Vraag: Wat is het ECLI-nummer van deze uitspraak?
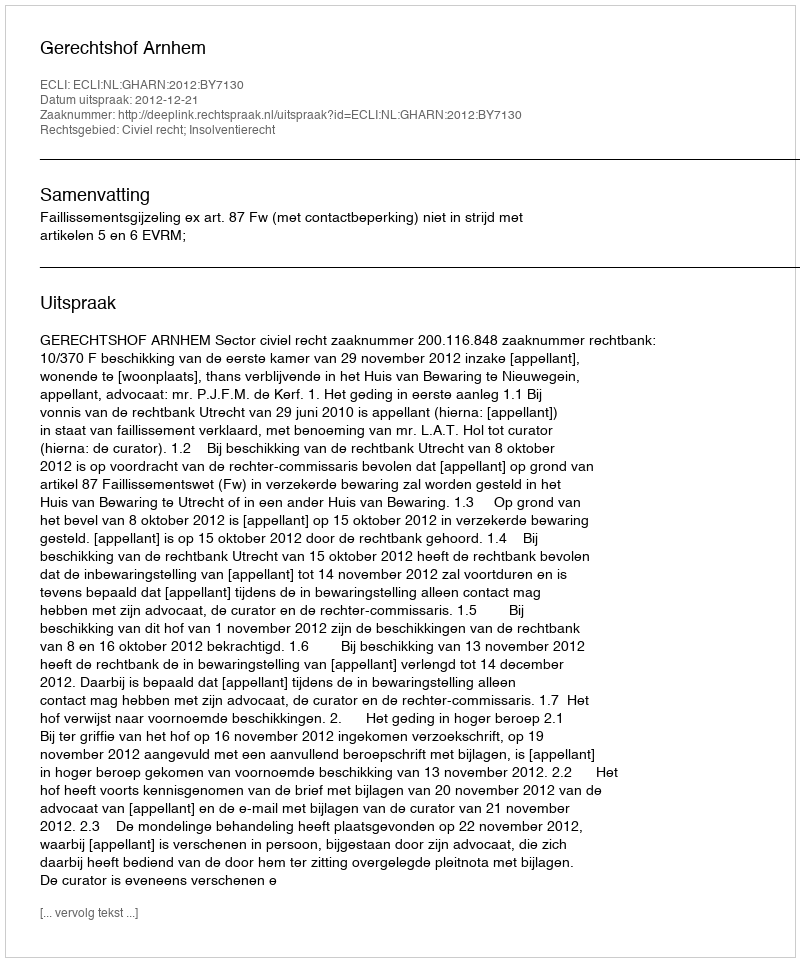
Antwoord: ECLI:NL:GHARN:2012:BY7130